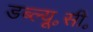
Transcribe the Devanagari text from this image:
डब्ल्यू॰सी॰